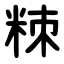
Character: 䊂